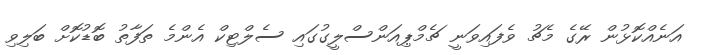
އަނެއްކޮޅުން ރޭގެ މެޗު ވެފައިވަނީ ޗެމްޕިއަންސްލީގުގައި ސެލްޓިކް އެންމެ ތަފާތު ބޮޑުކޮށް ބަލިވި